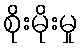
စိုးမိုးမှု